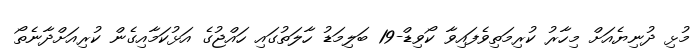
މުޅި ދުނިޔެއަށް މިހާރު ކުރިމަތިވެފައިވާ ކޯވިޑް-19 ބަލިމަޑު ހާލަތުގައި ހައްޖުގެ އަޅުކަމާއިގެން ކުރިއަށްދާނެތޯ